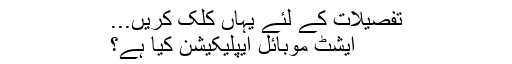
تفصیلات کے لئے یہاں کلک کریں...
ایشٹ موبائل ایپلیکیشن کیا ہے؟